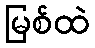
မြစ်ထဲ